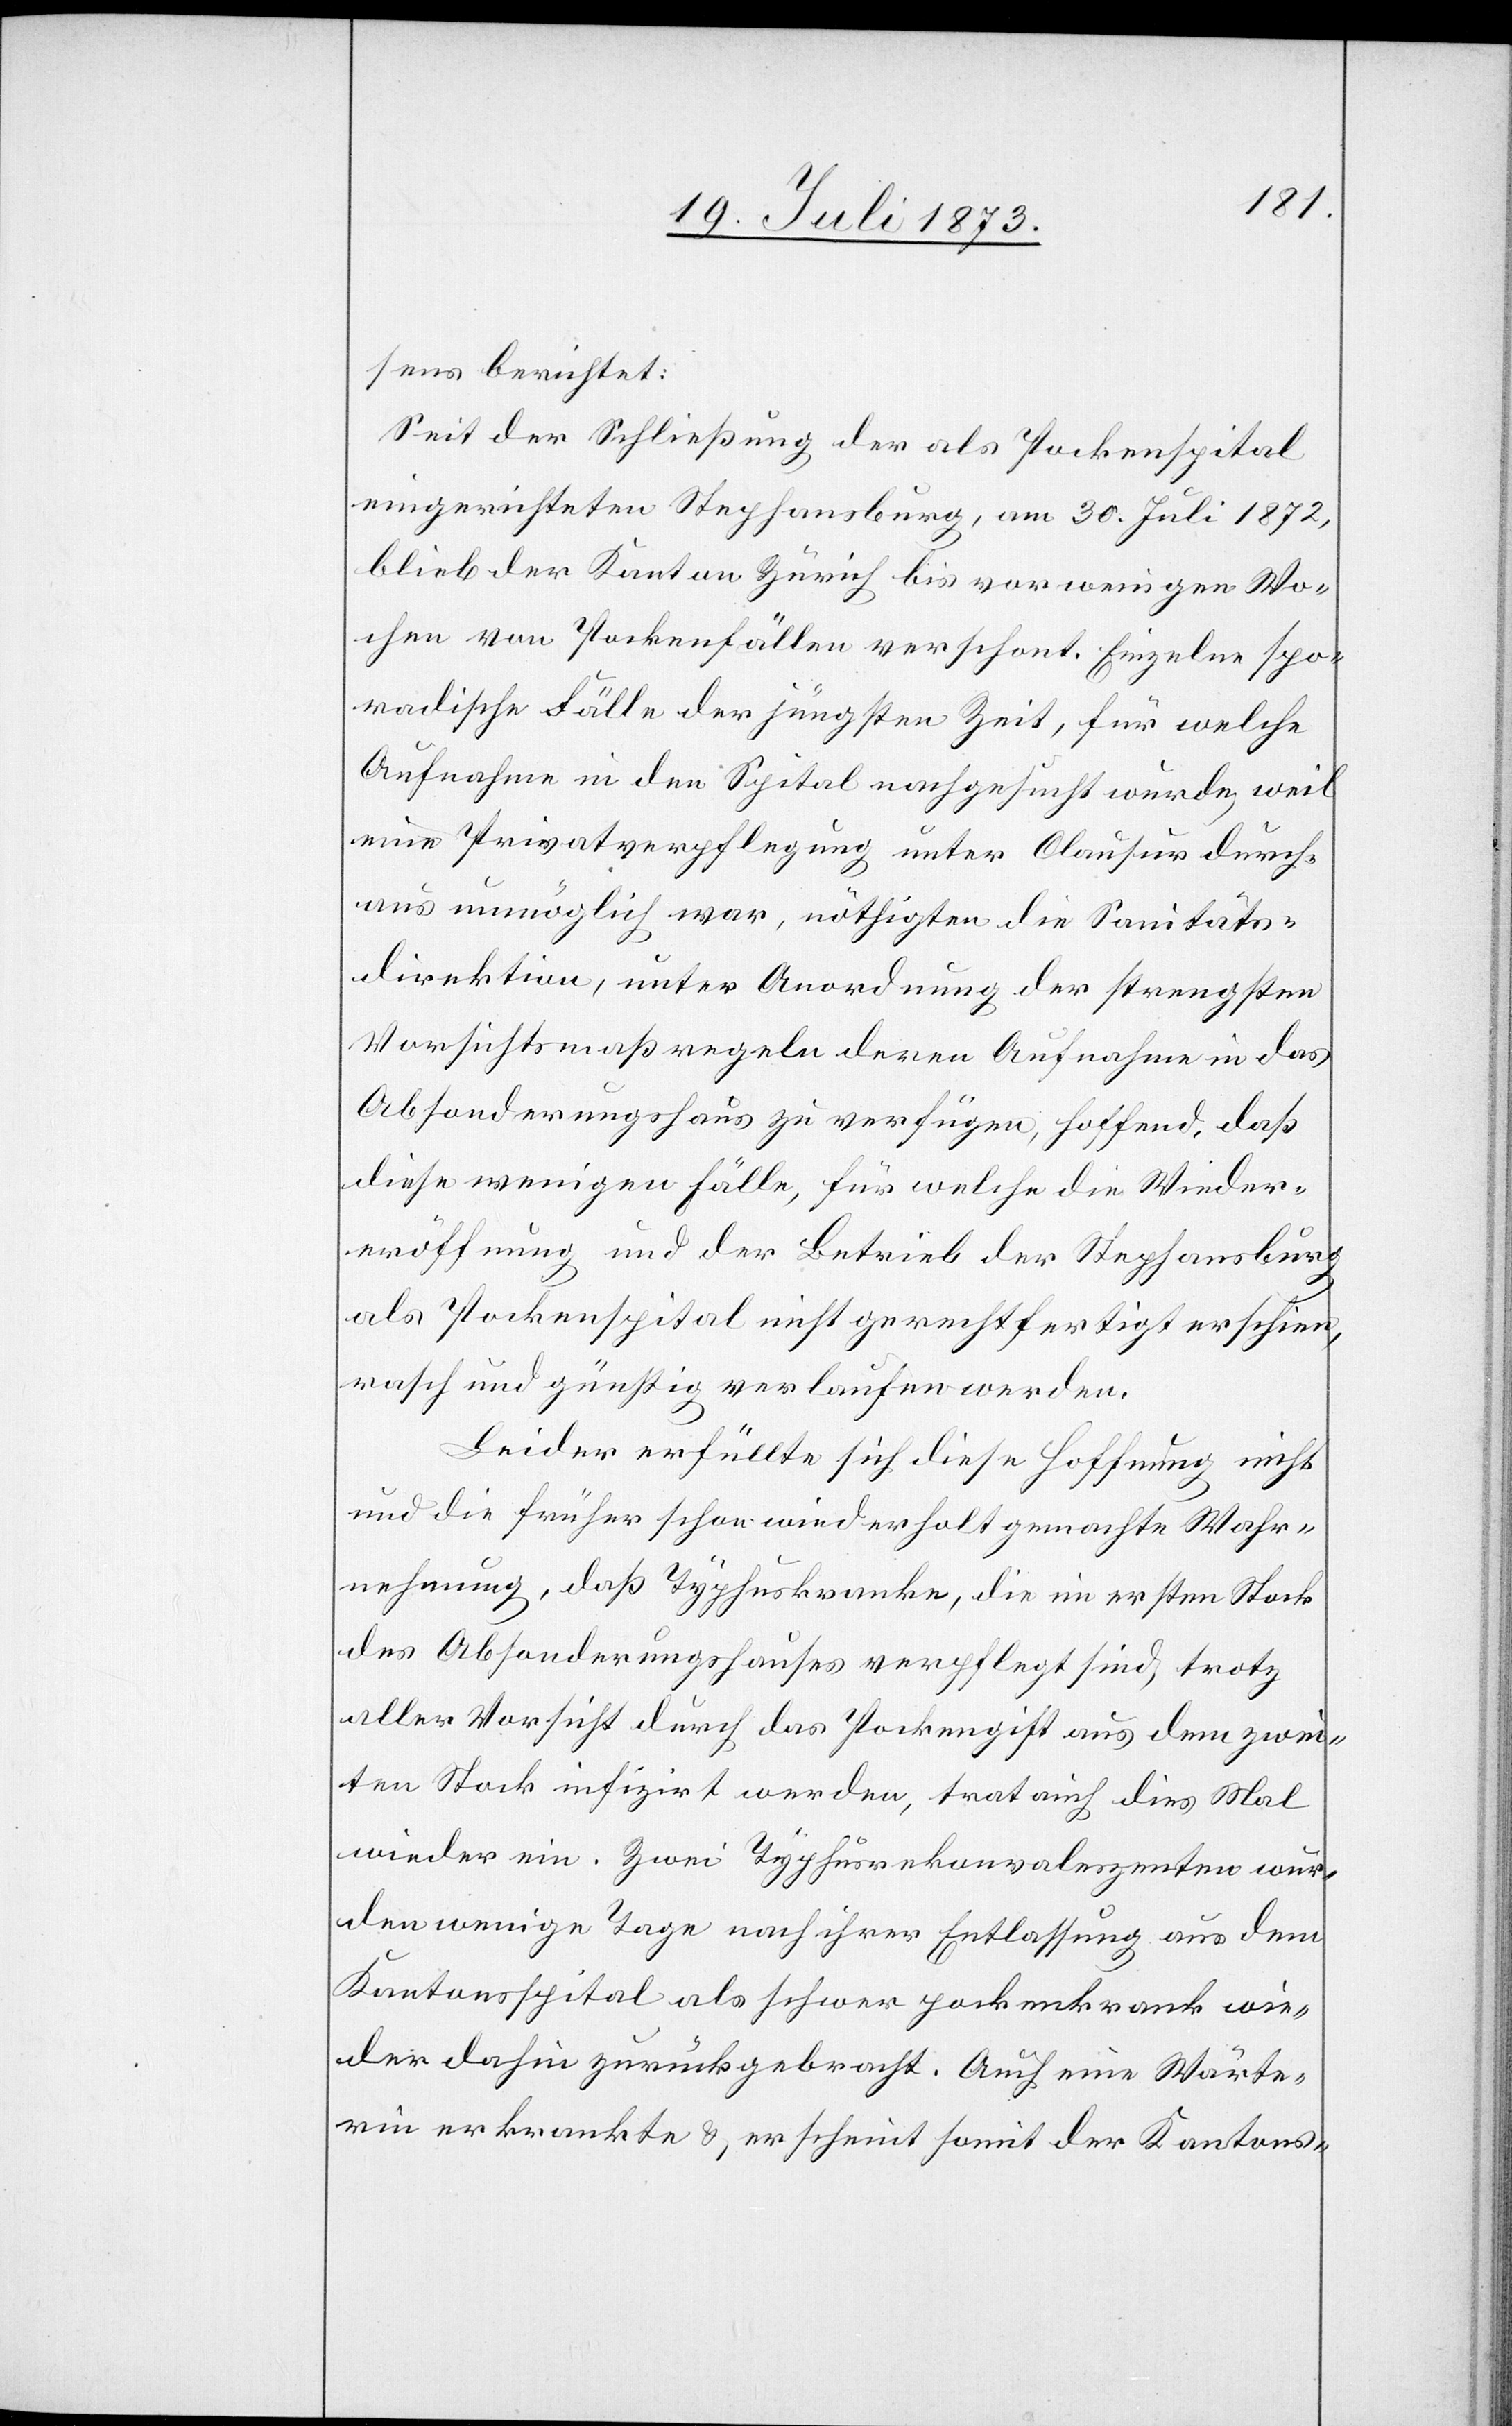
sens berichtet:
Seit der Schließung der als Pockenspital
eingerichteten Stephansburg [sic!], am 30. Juli 1872,
blieb der Kanton Zürich bis vor wenigen Wo¬
chen von Pockenfällen verschont. Einzelne spo¬
radische Fälle der jüngsten Zeit, für welche
Aufnahme in den Spital nachgesucht wurde, weil
eine Privatverpflegung unter Clausur durch¬
aus unmöglich war, nöthigten die Sanitäts¬
direktion, unter Anordnung der strengsten
Vorsichtsmaßregeln deren Aufnahme in das
Absonderungshaus zu verfügen, hoffend, daß
diese wenigen Fälle, für welche die Wieder¬
eröffnung und der Betrieb der Stephansburg
als Pockenspital nicht gerechtfertigt erschien,
rasch und günstig verlaufen werden.
Leider erfüllte sich diese Hoffnung nicht
und die früher schon wiederholt gemachte Wahr¬
nehmung, daß Typhuskranke, die im ersten Stock
des Absonderungshauses verpflegt sind, trotz
aller Vorsicht durch das Pockengift aus dem zwei¬
ten Stock infizirt werden, trat auch dies Mal
wieder ein. Zwei Typhusrekonvaleszenten wur¬
den wenige Tage nach ihrer Entlassung aus dem
Kantonsspital als schwer pockenkrank wie¬
der dahin zurückgebracht. Auch eine Wärte¬
rin erkrankte & erscheint somit der Kantons-